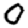
Digit: 0